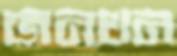
জনথন